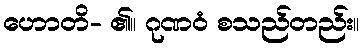
ဟောတိ- ၏။ ဂုဏဝံ စသည်တည်း။